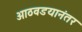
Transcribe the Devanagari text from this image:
आठवडयानंतर